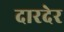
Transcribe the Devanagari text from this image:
दारदेर